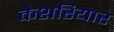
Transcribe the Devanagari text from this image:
केशरियार